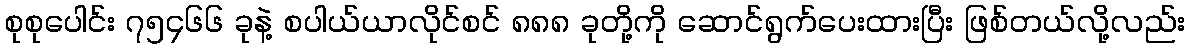
စုစုပေါင်း ၇၅၄၆၆ ခုနဲ့ စပါယ်ယာလိုင်စင် ၈၈၈ ခုတို့ကို ဆောင်ရွက်ပေးထားပြီး ဖြစ်တယ်လို့လည်း